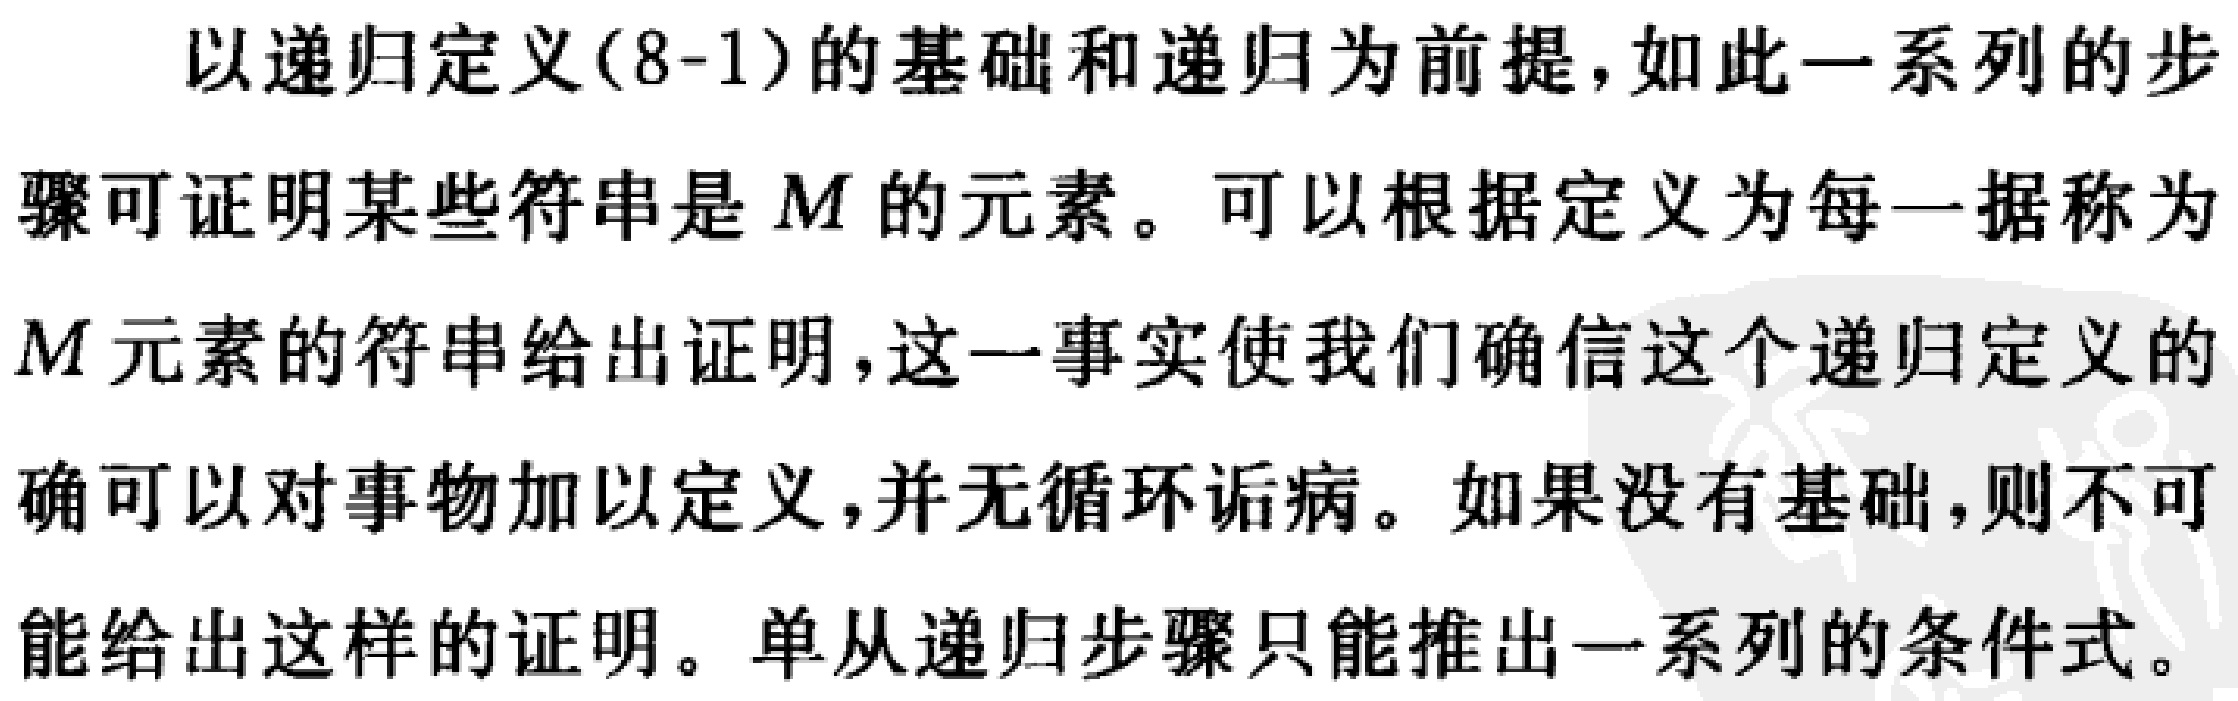
以递归定义(8-1)的基础和递归为前提, 如此一系列的步骤可证明某些符串是 \(M\) 的元素。可以根据定义为每一据称为 \(M\) 元素的符串给出证明, 这一事实使我们确信这个递归定义的确可以对事物加以定义, 并无循环诟病。如果没有基础, 则不可能给出这样的证明。单从递归步骤只能推出一系列的条件式。